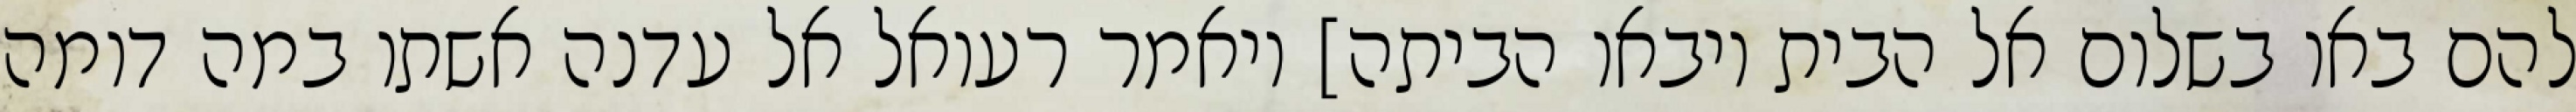
להם באו בשלום אל הבית ויבאו הביתה] ויאמר רעואל אל עדנה אשתו במה דומה